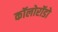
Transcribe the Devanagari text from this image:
कॉलोरॉडो